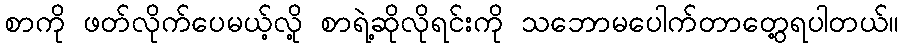
စာကို ဖတ်လိုက်ပေမယ့်လို့ စာရဲ့ဆိုလိုရင်းကို သဘောမပေါက်တာတွေ့ရပါတယ်။